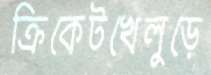
ক্রিকেটখেলুড়ে